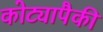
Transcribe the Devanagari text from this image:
कोट्यापैकी